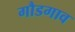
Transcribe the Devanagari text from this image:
गौडगाव